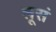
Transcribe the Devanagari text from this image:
लूसं